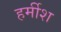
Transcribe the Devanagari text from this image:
हर्मीश